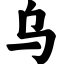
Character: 乌